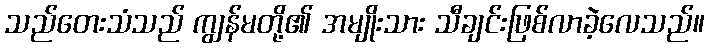
သည်တေးသံသည် ကျွန်မတို့၏ အမျိုးသား သီချင်းဖြစ်လာခဲ့လေသည်။